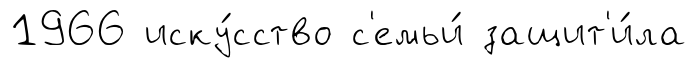
1966 иску́сство с'емьи́ защит'и́ла